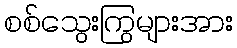
စစ်သွေးကြွများအား